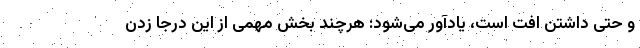
و حتی داشتن افت است، یادآور می‌شود: هرچند بخش مهمی از این درجا زدن